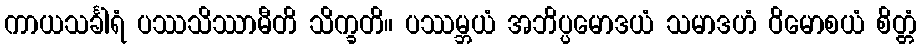
ကာယသင်္ခါရံ ပဿသိဿာမီတိ သိက္ခတိ။ ပဿမ္ဘယံ အဘိပ္ပမောဒယံ သမာဒဟံ ဝိမောစယံ စိတ္တံ